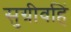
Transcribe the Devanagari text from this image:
सुग्रीवहिं